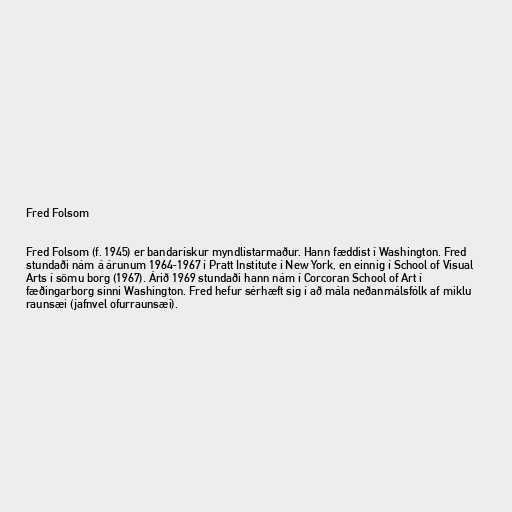
Fred Folsom

Fred Folsom (f. 1945) er bandarískur myndlistarmaður. Hann fæddist í Washington. Fred
stundaði nám á árunum 1964-1967 í Pratt Institute í New York, en einnig í School of Visual
Arts í sömu borg (1967). Árið 1969 stundaði hann nám í Corcoran School of Art í
fæðingarborg sinni Washington. Fred hefur sérhæft sig í að mála neðanmálsfólk af miklu
raunsæi (jafnvel ofurraunsæi).